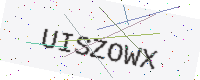
Text: UISZOWX